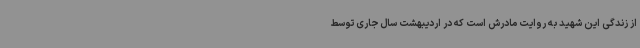
از زندگی این شهید به روایت مادرش است که در اردیبهشت سال جاری توسط